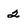
Character: 2